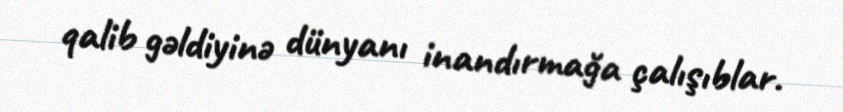
qalib gəldiyinə dünyanı inandırmağa çalışıblar.